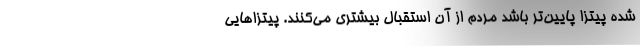
شده پیتزا پایین‌تر باشد مردم از آن استقبال بیشتری می‌کنند. پیتزاهایی